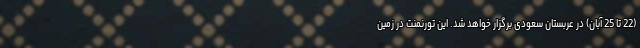
(22 تا 25 آبان) در عربستان سعودی برگزار خواهد شد. این تورنمنت در زمین